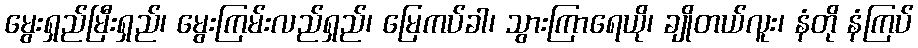
မွေးရှည်မြီးရှည်၊ မွေးကြမ်းလည်ရှည်၊ မြေကပ်ခါ၊ သွားကြာရေယို၊ ချိုတယ်လူး၊ နံတို နံကြပ်